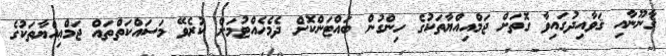
ޤާނޫނާއި ޤަވާއިދުގައިވާ ގޮތަށް ޖަމްއިއްޔާތަކުގެ ހިންގުން ބައްޓަންކޮށް ދެމެހެއްޓުމަށް ކުރެވޭ މަސައްކަތްތައް ޖަމްޢިއްޔާތަކުގެ